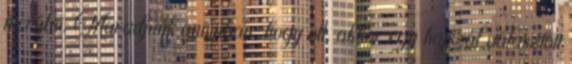
merülni. Maradjunk annyiban, hogy ott, akkor egy hajszál választott